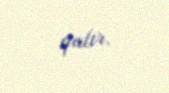
qalır.